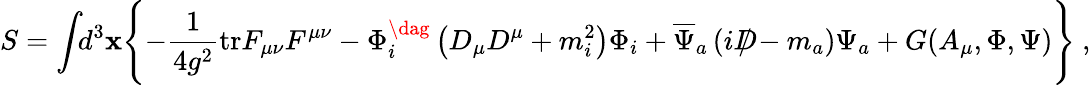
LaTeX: S=\int\! \! d^{3}\mathbf{x}\Biggl\{ -\frac{{1}}{{4g^{2}}}\mathrm{{tr}}F_{\mu\nu}F^{\mu\nu}-\Phi_{i}^{\dag}\left(D_{\mu}D^{\mu}+m_{i}^{2}\right)\Phi_{i}+\overline{{{{\Psi}}}}_{a}\left(iD\! \! \! \! /-m_{a}\right)\Psi_{a}+G(A_{\mu},\Phi,\Psi)\Biggr\} \ ,